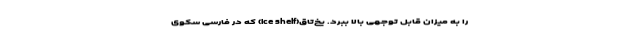
را به میزان قابل توجهی بالا ببرد. یخ‌تاق(Ice shelf) که در فارسی سکوی